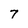
Character: 7